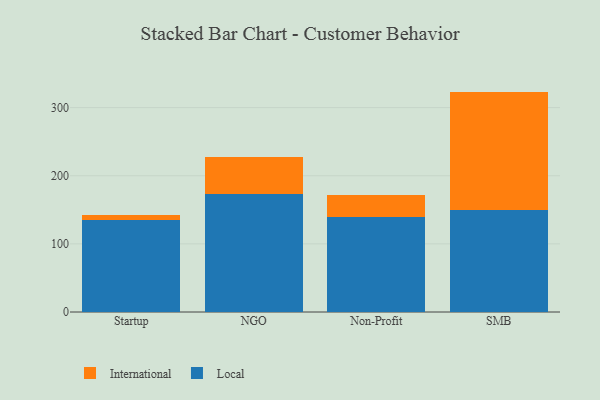
{"axis": {"x": "Segment", "y": "Production Output"}, "legend": ["International", "Local"], "data": [{"x": "Startup", "y": 135.0, "type": "Local"}, {"x": "Startup", "y": 7.3, "type": "International"}, {"x": "NGO", "y": 172.8, "type": "Local"}, {"x": "NGO", "y": 54.4, "type": "International"}, {"x": "Non-Profit", "y": 139.7, "type": "Local"}, {"x": "Non-Profit", "y": 32.4, "type": "International"}, {"x": "SMB", "y": 150.4, "type": "Local"}, {"x": "SMB", "y": 173.1, "type": "International"}]}